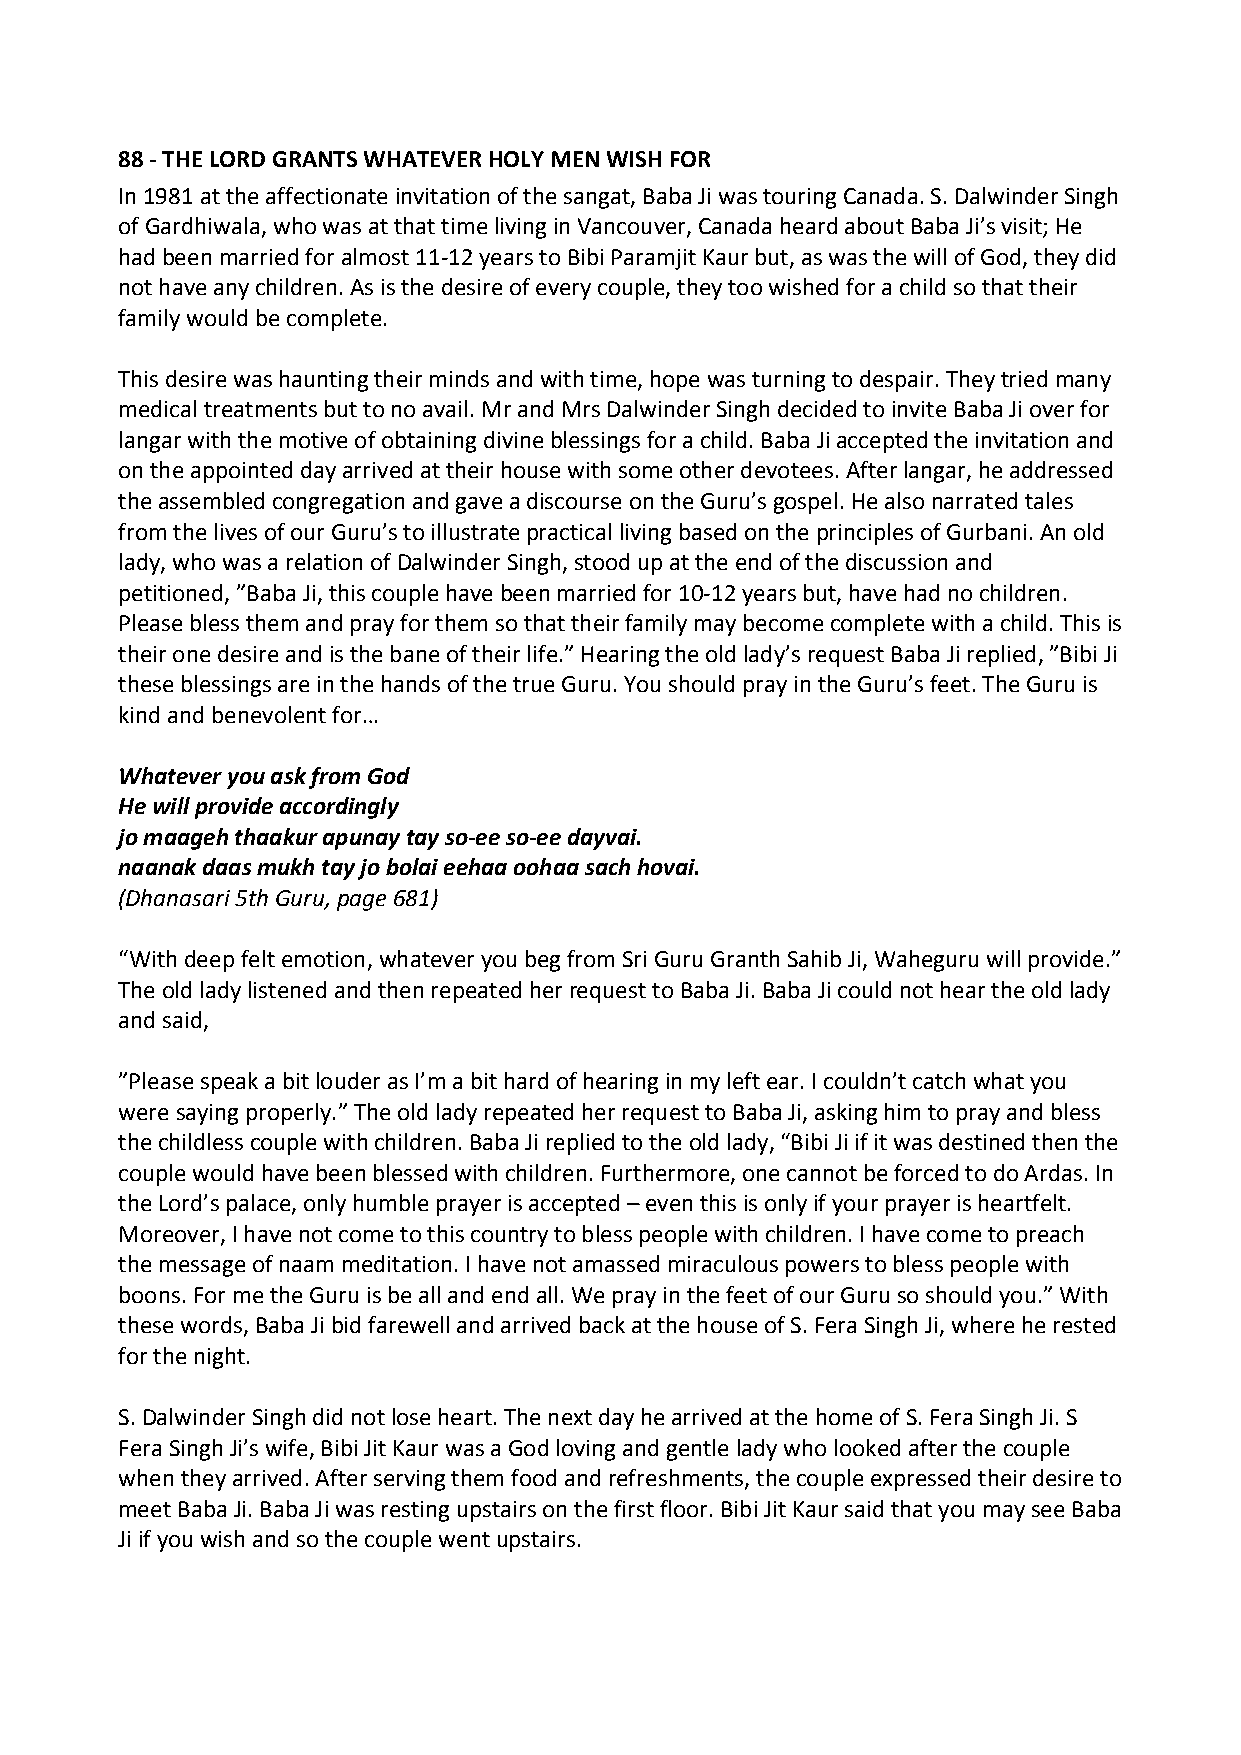
88 ‐ THE LORD GRANTS WHATEVER HOLY MEN WISH FOR
 In 1981 at the affectionate invitation of the sangat, Baba Ji was touring Canada. S. Dalwinder Singh
 of Gardhiwala, who was at that time living in Vancouver, Canada heard about Baba Ji’s visit; He
 had been married for almost 11‐12 years to Bibi Paramjit Kaur but, as was the will of God, they did
 not have any children. As is the desire of every couple, they too wished for a child so that their
 family would be complete.
 This desire was haunting their minds and with time, hope was turning to despair. They tried many
 medical treatments but to no avail. Mr and Mrs Dalwinder Singh decided to invite Baba Ji over for
 langar with the motive of obtaining divine blessings for a child. Baba Ji accepted the invitation and
 on the appointed day arrived at their house with some other devotees. After langar, he addressed
 the assembled congregation and gave a discourse on the Guru’s gospel. He also narrated tales
 from the lives of our Guru’s to illustrate practical living based on the principles of Gurbani. An old
 lady, who was a relation of Dalwinder Singh, stood up at the end of the discussion and
 petitioned, ”Baba Ji, this couple have been married for 10‐12 years but, have had no children.
 Please bless them and pray for them so that their family may become complete with a child. This is
 their one desire and is the bane of their life.” Hearing the old lady’s request Baba Ji replied, ”Bibi Ji
 these blessings are in the hands of the true Guru. You should pray in the Guru’s feet. The Guru is
 kind and benevolent for…
 Whatever you ask from God
 He will provide accordingly
 jo maageh thaakur apunay tay so‐ee so‐ee dayvai.
 naanak daas mukh tay jo bolai eehaa oohaa sach hovai.
 (Dhanasari 5th Guru, page 681)
 “With deep felt emotion, whatever you beg from Sri Guru Granth Sahib Ji, Waheguru will provide.”
 The old lady listened and then repeated her request to Baba Ji. Baba Ji could not hear the old lady
 and said,
 ”Please speak a bit louder as I’m a bit hard of hearing in my left ear. I couldn’t catch what you
 were saying properly.” The old lady repeated her request to Baba Ji, asking him to pray and bless
 the childless couple with children. Baba Ji replied to the old lady, “Bibi Ji if it was destined then the
 couple would have been blessed with children. Furthermore, one cannot be forced to do Ardas. In
 the Lord’s palace, only humble prayer is accepted – even this is only if your prayer is heartfelt.
 Moreover, I have not come to this country to bless people with children. I have come to preach
 the message of naam meditation. I have not amassed miraculous powers to bless people with
 boons. For me the Guru is be all and end all. We pray in the feet of our Guru so should you.” With
 these words, Baba Ji bid farewell and arrived back at the house of S. Fera Singh Ji, where he rested
 for the night.
 S. Dalwinder Singh did not lose heart. The next day he arrived at the home of S. Fera Singh Ji. S
 Fera Singh Ji’s wife, Bibi Jit Kaur was a God loving and gentle lady who looked after the couple
 when they arrived. After serving them food and refreshments, the couple expressed their desire to
 meet Baba Ji. Baba Ji was resting upstairs on the first floor. Bibi Jit Kaur said that you may see Baba
 Ji if you wish and so the couple went upstairs.